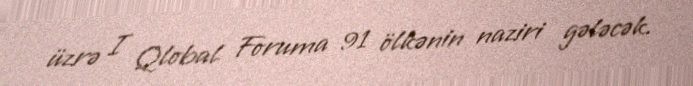
üzrə I Qlobal Foruma 91 ölkənin naziri gələcək.